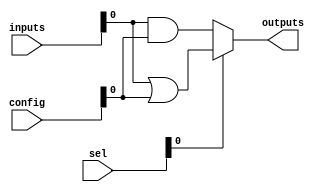
module CLB #(parameter NUM_INPUTS = 4, parameter NUM_OUTPUTS = 1)(
    input wire [NUM_INPUTS-1:0] inputs,     // Input lines
    input wire [NUM_INPUTS-1:0] sel,        // Selection lines for multiplexers
    input wire [NUM_INPUTS-1:0] config,     // Configuration for logic gates
    output wire [NUM_OUTPUTS-1:0] outputs    // Output lines
);

// Internal wires for logic gates
wire [NUM_INPUTS-1:0] and_out;
wire [NUM_INPUTS-1:0] or_out;
wire [NUM_INPUTS-1:0] not_out;

// Logic Gates
genvar i;
generate
    for (i = 0; i < NUM_INPUTS; i = i + 1) begin: logic_gates
        // AND Gate
        assign and_out[i] = inputs[i] & config[i]; // Configurable AND
        
        // OR Gate
        assign or_out[i] = inputs[i] | config[i];  // Configurable OR
        
        // NOT Gate
        assign not_out[i] = ~inputs[i];              // Configurable NOT
    end
endgenerate

// Multiplexer Logic
wire [NUM_OUTPUTS-1:0] mux_out;

generate
    for (i = 0; i < NUM_OUTPUTS; i = i + 1) begin: mux
        // 2-to-1 MUX for output selection
        assign mux_out[i] = sel[i] ? or_out[i] : and_out[i];
    end
endgenerate

// Final Output
assign outputs = mux_out;

endmodule